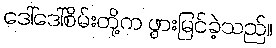
ဒေါ်ဒေါ်စိမ်းတို့က ဖွားမြင်ခဲ့သည်။